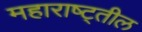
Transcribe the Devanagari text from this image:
महाराष्ट्तील